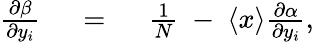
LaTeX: \begin{array}{rlr}{{\frac{\partial\beta}{\partial{y}_{i}}}}&{{}\ =\ }&{{\frac{1}{N}}\ -\ \langle{x}\rangle{\frac{\partial\alpha}{\partial{y}_{i}}},}\end{array}